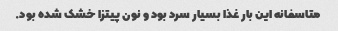
متاسفانه این بار غذا بسیار سرد بود و نون پیتزا خشک شده بود.